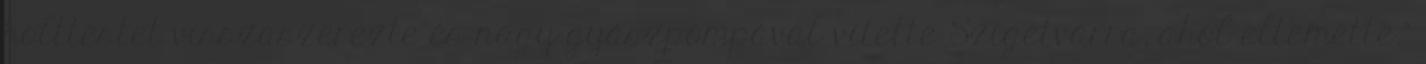
holttestet visszaszerezte és nagy gyászpompával vitette Szigetvárra, ahol eltemette."